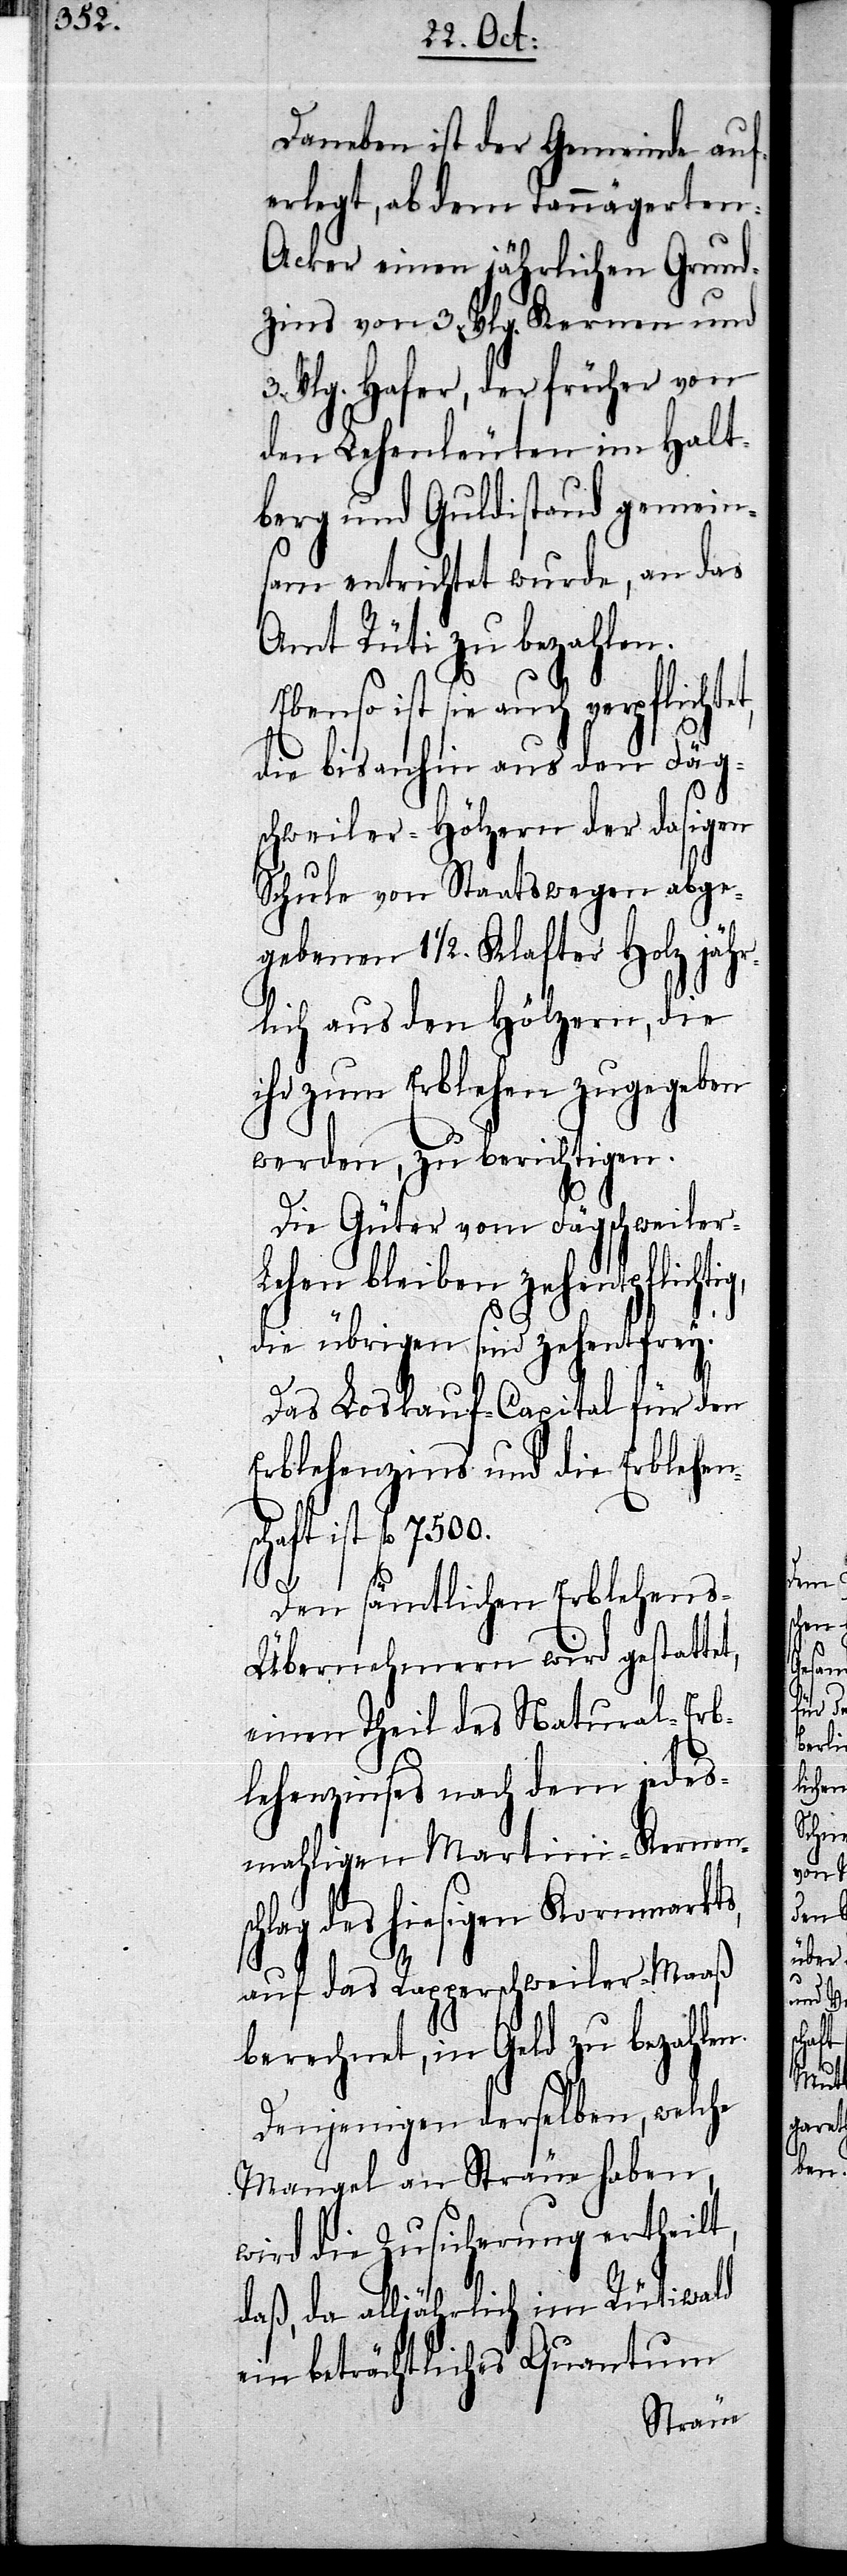
t,

Daneben ist der Gemeinde auf¬
erlegt, ab dem Tannägerten-A¬
cker einen jährlichen Grund¬
zins von 3. Vlg. Kernen und
3. Vlg. Hafer, der früher von
den Lehenleuten im Halt¬
berg und Guldistand gemein¬
sam entrichtet wurde, an das
Amt Rüti zu bezahlen.
Ebenso ist sie auch verpflichte¬
die bis anhin aus den Fäg¬
schweiler-Hölzern der dasigen
Schule von Staats wegen abge¬
gebenen 1 1/2 Klafter Holz jähr¬
lich aus den Hölzern, die
ihr zum Erblehen zugegeben
werden, zu berichtigen.
Die Güter vom Fägschweiler-L¬
pflichtig,
die übrigen sind zehentfrey.
Das Loskauf-Capital für den
Erblehenzins und die Erblehens¬
chaft ist fl 7500.
Den sämtlichen Erblehens-Ü¬
bernehmern wird gestattet,
einen Theil des Natural-Erb¬
lehenzinses nach dem jedes¬
mahligen Martini-Kernens¬
chlag des hiesigen Kornmarkts,
auf das Rapperschweiler-Maaß
berechnet, in Geld zu bezahlen.
Denjenigen derselben, welche
Mangel an Sträue haben,
wird die Zusicherung ertheilt,
daß, da alljährlich im Rütiwald
ein beträchtliches Quantum